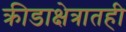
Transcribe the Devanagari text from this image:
क्रीडाक्षेत्रातही